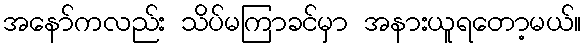
အနော်ကလည်း သိပ်မကြာခင်မှာ အနားယူရတော့မယ်။